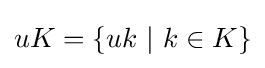
uK=\{uk\ |\ k\in K\}